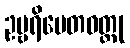
ဥဗ္ဗရိပေတဝတ္ထု